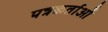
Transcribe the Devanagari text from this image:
पत्रकर्ताओं